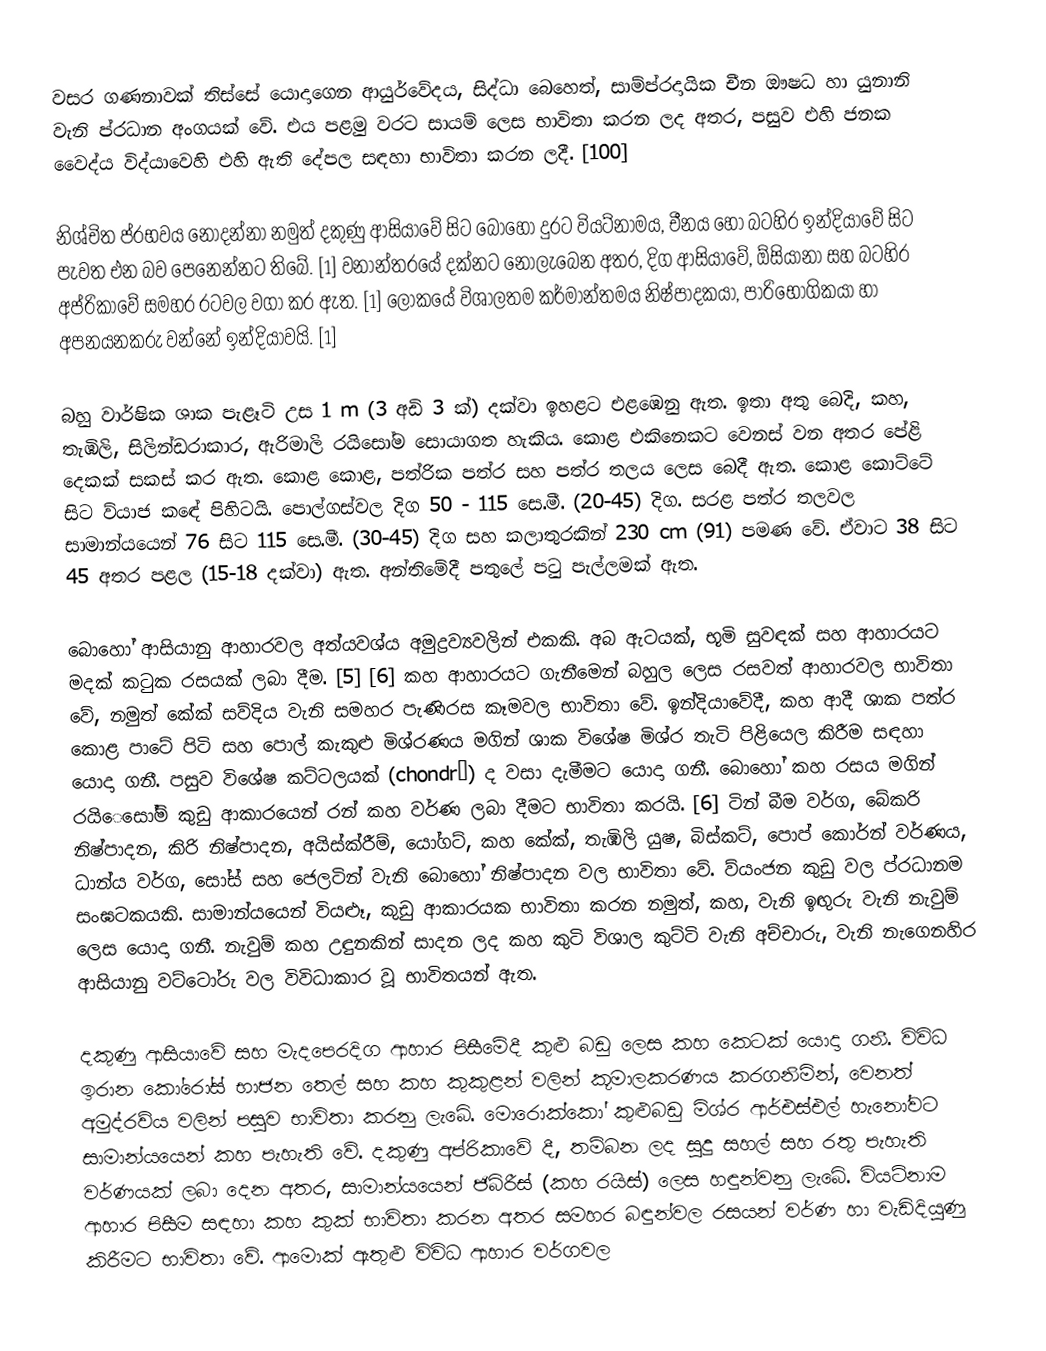
වසර ගණනාවක් තිස්සේ යොදාගෙන ආයුර්වේදය, සිද්ධා බෙහෙත්, සාම්ප්රදායික චීන ඖෂධ හා යුනානි වැනි ප්රධාන අංගයක් වේ. එය පළමු වරට සායම් ලෙස භාවිතා කරන ලද අතර, පසුව එහි ජනක වෛද්ය විද්යාවෙහි එහි ඇති දේපල සඳහා භාවිතා කරන ලදී. [100]

නිශ්චිත ප්රභවය නොදන්නා නමුත් දකුණු ආසියාවේ සිට බොහෝ දුරට වියට්නාමය, චීනය හෝ බටහිර ඉන්දියාවේ සිට පැවත එන බව පෙනෙන්නට තිබේ. [1] වනාන්තරයේ දක්නට නොලැබෙන අතර, දිග ආසියාවේ, ඕසියානා සහ බටහිර අප්රිකාවේ සමහර රටවල වගා කර ඇත. [1] ලෝකයේ විශාලතම කර්මාන්තමය නිෂ්පාදකයා, පාරිභෝගිකයා හා අපනයනකරු වන්නේ ඉන්දියාවයි. [1]

බහු වාර්ෂික ශාක පැළෑටි උස 1 m (3 අඩි 3 ක්) දක්වා ඉහළට එළඹෙනු ඇත. ඉතා අතු බෙදි, කහ, තැඹිලි, සිලින්ඩරාකාර, ඇරිමාලි රයිසෝම සොයාගත හැකිය. කොළ එකිනෙකට වෙනස් වන අතර පේළි දෙකක් සකස් කර ඇත. කොළ කොළ, පත්රික පත්ර සහ පත්ර තලය ලෙස බෙදී ඇත. කොළ කොට්ටේ සිට ව්යාජ කඳේ පිහිටයි. පොල්ගස්වල දිග 50 - 115 සෙ.මී. (20-45) දිග. සරළ පත්ර තලවල සාමාන්යයෙන් 76 සිට 115 සෙ.මී. (30-45) දිග සහ කලාතුරකින් 230 cm (91) පමණ වේ. ඒවාට 38 සිට 45 අතර පළල (15-18 දක්වා) ඇත. අන්තිමේදී පතුලේ පටු පැල්ලමක් ඇත.

බොහෝ ආසියානු ආහාරවල අත්යවශ්ය අමුද්‍රව්‍යවලින් එකකි. අබ ඇටයක්, භූමි සුවඳක් සහ ආහාරයට මදක් කටුක රසයක් ලබා දීම. [5] [6] කහ ආහාරයට ගැනීමෙන් බහුල ලෙස රසවත් ආහාරවල භාවිතා වේ, නමුත් කේක් සව්දිය වැනි සමහර පැණිරස කෑමවල භාවිතා වේ. ඉන්දියාවේදී, කහ ආදී ශාක පත්ර කොළ පාටේ පිටි සහ පොල් කැකුළු මිශ්රණය මගින් ශාක විශේෂ මිශ්ර තැටි පිළියෙල කිරීම සඳහා යොදා ගනී. පසුව විශේෂ කට්ටලයක් (chondrõ) ද වසා දැමීමට යොදා ගනී. බොහෝ කහ රසය මගින් රයිෙසෝම් කුඩු ආකාරයෙන් රන් කහ වර්ණ ලබා දීමට භාවිතා කරයි. [6] ටින් බීම වර්ග, බේකරි නිෂ්පාදන, කිරි නිෂ්පාදන, අයිස්ක්රීම්, යෝගට්, කහ කේක්, තැඹිලි යුෂ, බිස්කට්, පොප් කොර්න් වර්ණය, ධාන්ය වර්ග, සෝස් සහ ජෙලටින් වැනි බොහෝ නිෂ්පාදන වල භාවිතා වේ. ව්යංජන කුඩු වල ප්රධානම සංඝටකයකි. සාමාන්යයෙන් වියළූ, කුඩු ආකාරයක භාවිතා කරන නමුත්, කහ, වැනි ඉඟුරු වැනි නැවුම් ලෙස යොදා ගනී. නැවුම් කහ උඳුනකින් සාදන ලද කහ කුටි විශාල කුට්ටි වැනි අච්චාරු, වැනි නැගෙනහිර ආසියානු වට්ටෝරු වල විවිධාකාර වූ භාවිතයන් ඇත.

දකුණු ආසියාවේ සහ මැදපෙරදිග ආහාර පිසීමේදී කුළු බඩු ලෙස කහ කෙටක් යොදා ගනී. විවිධ ඉරාන කෝරෝස් භාජන තෙල් සහ කහ කුකුළන් වලින් කූමාලකරණය කරගනිමින්, වෙනත් අමුද්රව්ය වලින් පසුව භාවිතා කරනු ලැබේ. මොරොක්කෝ කුළුබඩු මිශ්ර ආර්එස්එල් හැනෝවට සාමාන්යයෙන් කහ පැහැති වේ. දකුණු අප්රිකාවේ දී, තම්බන ලද සුදු සහල් සහ රතු පැහැති වර්ණයක් ලබා දෙන අතර, සාමාන්යයෙන් ජිබ්රීස් (කහ රයිස්) ලෙස හඳුන්වනු ලැබේ. වියට්නාම ආහාර පිසීම සඳහා කහ කුක් භාවිතා කරන අතර සමහර බඳුන්වල රසයන් වර්ණ හා වැඩිදියුණු කිරීමට භාවිතා වේ. ආමොක් ඇතුළු විවිධ ආහාර වර්ගවල